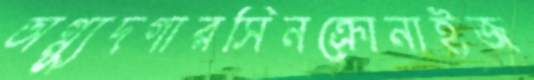
অগ্ন্যুদগারসিনক্রোনাইজ